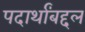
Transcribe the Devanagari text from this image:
पदार्थांबद्दल